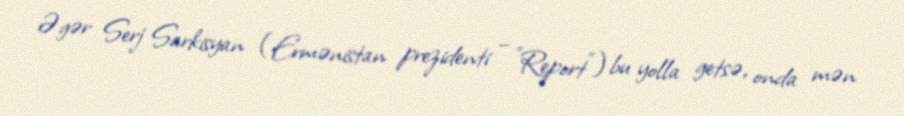
Əgər Serj Sarkisyan (Ermənistan prezidenti – "Report") bu yolla getsə, onda mən